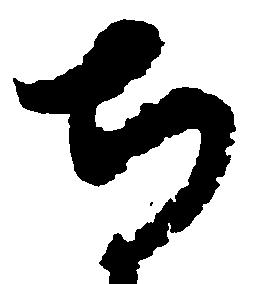
寺